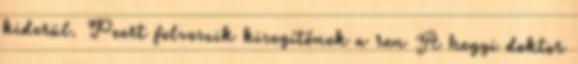
kiderül. Peert felveszik kisegítőnek a ren A hegyi doktor